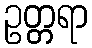
ဥတ္တရာ